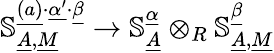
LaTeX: \mathbb{S}_{\underline{{A}},\underline{{M}}}^{\underline{{(a)}}\cdot\underline{{\alpha^{\prime}}}\cdot\underline{{\beta}}}\to\mathbb{S}_{\underline{{A}}}^{\underline{{\alpha}}}\otimes_{R}\mathbb{S}_{\underline{{A}},\underline{{M}}}^{\underline{{\beta}}}